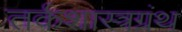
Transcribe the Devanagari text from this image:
तर्कशास्त्रग्रंथ